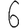
Digit: 6